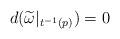
LaTeX: \begin{align*}d(\widetilde{\omega}|_{t^{-1}(p)})=0\end{align*}